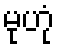
မုဟုံ